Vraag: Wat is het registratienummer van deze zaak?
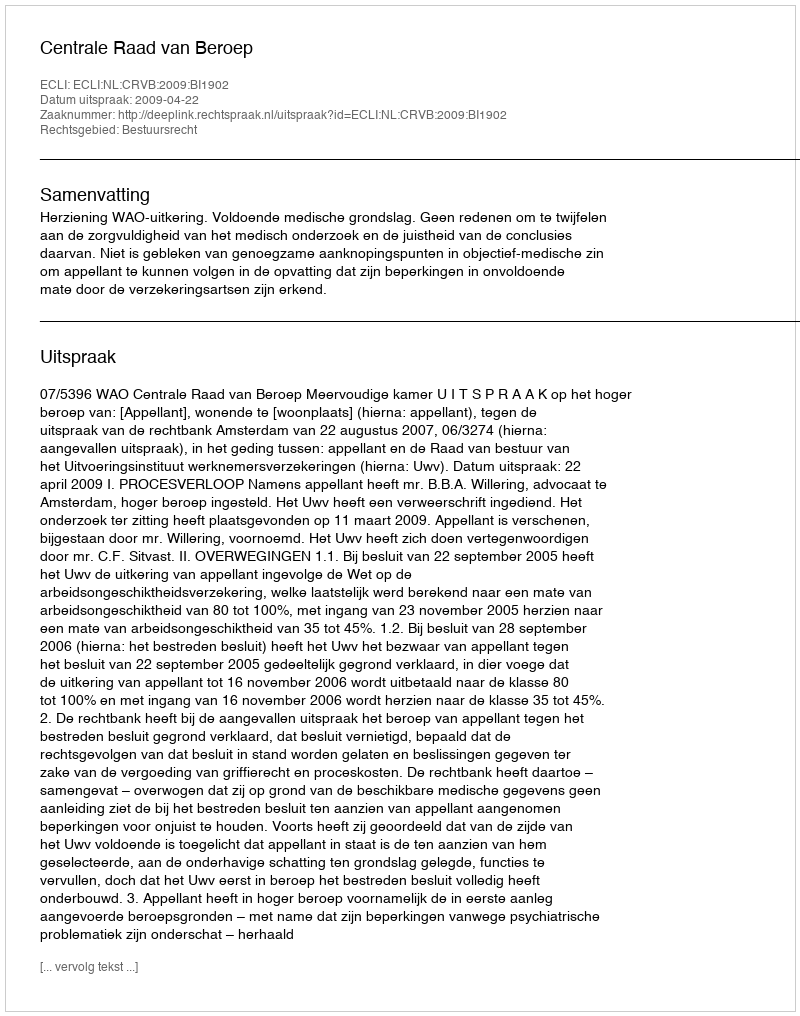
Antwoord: http://deeplink.rechtspraak.nl/uitspraak?id=ECLI:NL:CRVB:2009:BI1902